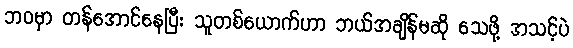
ဘဝမှာ တန်အောင်နေပြီး သူတစ်ယောက်ဟာ ဘယ်အချိန်မဆို သေဖို့ အသင့်ပဲ